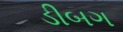
ડીબગ